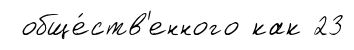
обще́ств'енного как 23